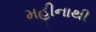
મહીનાથી